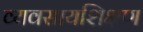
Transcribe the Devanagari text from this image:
व्यवसायशिक्षण